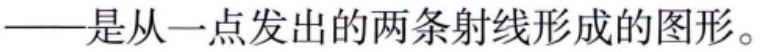
——是从一点发出的两条射线形成的图形。